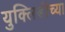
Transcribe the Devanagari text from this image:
युक्लिडीच्या